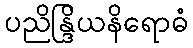
ပညိန္ဒြိယနိရောဓံ